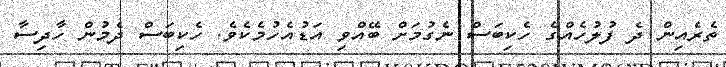
ތެރެއިން ދެ ފުލުހެއްގެ ހެކިބަސް ނެގުމަށް ބޭއްވި އަޑުއެހުމެކެވެ. ހެކިބަސް ދެމުން ހާދިސާ